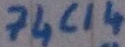
Text: 74C14